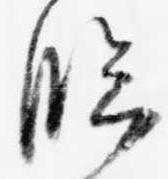
臨